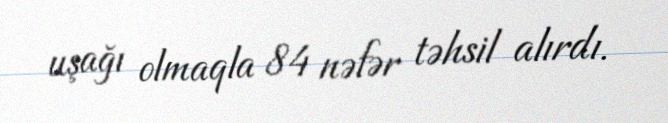
uşağı olmaqla 84 nəfər təhsil alırdı.